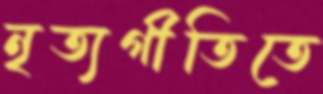
নৃত্যগীতিতে